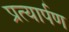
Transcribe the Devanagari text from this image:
प्रत्‍यार्पण